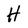
Character: H